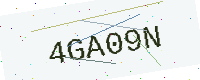
Text: 4GA09N